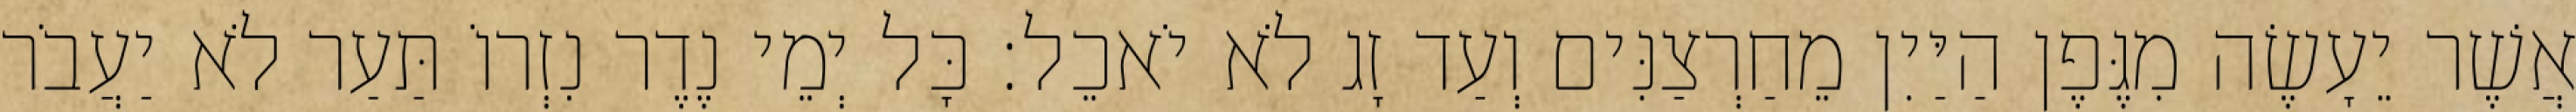
אֲשֶׁר יֵעָשֶׂה מִגֶּפֶן הַיַּיִן מֵחַרְצַנִּים וְעַד זָג לֹא יֹאכֵל׃ כָּל יְמֵי נֶדֶר נִזְרוֹ תַּעַר לֹא יַעֲבֹר